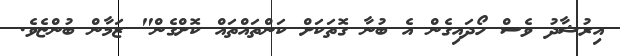
އިރުޝާދު ވެސް ހޯދައިގެން އެ ބުނާ ގޮތަކަށް ކަންތައްތައް ކޮށްގެން" ޒަމާން ބުންޏެވެ.